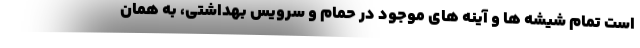
است تمام شیشه ها و آینه های موجود در حمام و سرویس بهداشتی، به همان